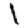
Digit: 1